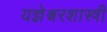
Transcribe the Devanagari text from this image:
यज्ञेश्वरशास्त्री